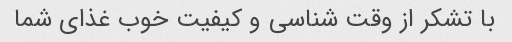
با تشکر از وقت شناسی و کیفیت خوب غذای شما